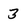
Character: 3